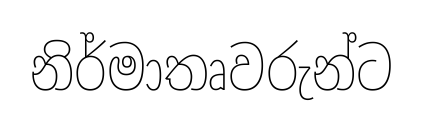
නිර්මාතෘවරුන්ට